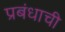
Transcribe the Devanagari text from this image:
प्रबंधाची